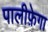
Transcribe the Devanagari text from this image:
पालीफ़ेगा